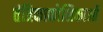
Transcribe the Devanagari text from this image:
तंत्रिकाकोशिकाओं